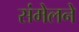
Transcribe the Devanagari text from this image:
संंमेलने